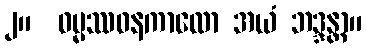
၂။  ဓမ္မဿဝနကာလော အယံ ဘဒ္ဒန္တာ။